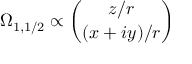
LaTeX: \Omega _ { 1 , 1 / 2 } \propto { \binom { z / r } { ( x + i y ) / r } }